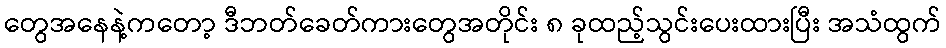
တွေအနေနဲ့ကတော့ ဒီဘတ်ခေတ်ကားတွေအတိုင်း ၈ ခုထည့်သွင်းပေးထားပြီး အသံထွက်